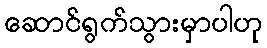
ဆောင်ရွက်သွားမှာပါဟု